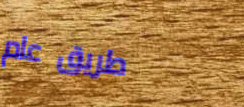
طريق عام